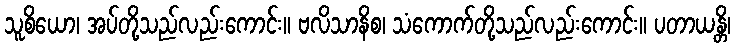
သူစိယော၊ အပ်တို့သည်လည်းကောင်း။ ဗလိသာနိစ၊ သံကောက်တို့သည်လည်းကောင်း။ ပတာယန္တိ၊